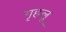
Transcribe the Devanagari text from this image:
गृहलू